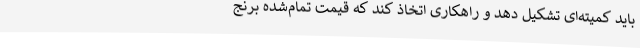
باید کمیته‌ای تشکیل دهد و راهکاری اتخاذ کند که قیمت تمام‌شده برنج